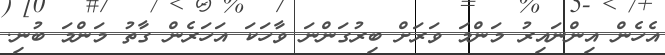
އެހެން އިންނައިރު މަންމަ ވަރަށް ބިރުގަންނަ ވާހަކަ އަހަރެން ގާތު މަންމަ ބުނި.